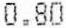
0.80